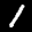
Label: 1